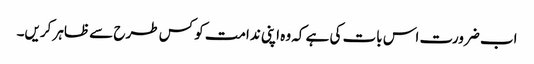
اب ضرورت اس بات کی ہے کہ وہ اپنی ندامت کو کس طرح سے ظاہر کریں۔